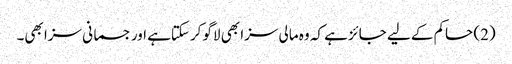
(2) حاکم کے لیے جائز ہے کہ وہ مالی سزا بھی لاگو کرسکتاہے اور جسمانی سزا بھی۔